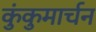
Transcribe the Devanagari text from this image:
कुंकुमार्चन